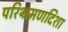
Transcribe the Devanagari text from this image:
परिभ्रमणदिशा